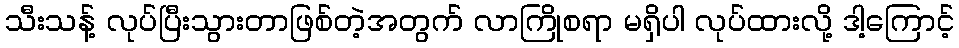
သီးသန့် လုပ်ပြီးသွားတာဖြစ်တဲ့အတွက် လာကြိုစရာ မရှိပါ လုပ်ထားလို့ ဒါ့ကြောင့်